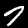
Label: 7